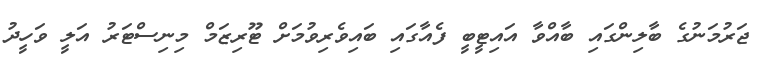
ޖަރުމަނުގެ ބާލިންގައި ބާއްވާ އައިޓީބީ ފެއާގައި ބައިވެރިވުމަށް ޓޫރިޒަމް މިނިސްޓަރު އަލީ ވަހީދު